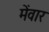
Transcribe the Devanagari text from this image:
मेंवार